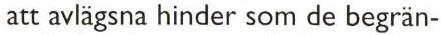
att avlägsna hinder som de begrän-